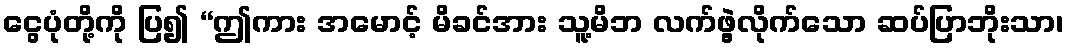
ငွေပုံတို့ကို ပြ၍ “ဤကား အမောင့် မိခင်အား သူ့မိဘ လက်ဖွဲ့လိုက်သော ဆပ်ပြာဘိုးသာ၊